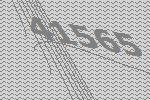
41565